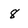
Character: 8